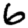
Digit: 6